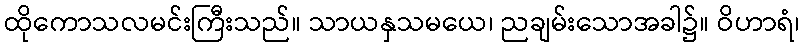
ထိုကောသလမင်းကြီးသည်။ သာယနှသမယေ၊ ညချမ်းသောအခါ၌။ ဝိဟာရံ၊